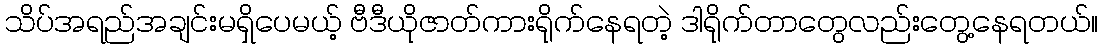
သိပ်အရည်အချင်းမရှိပေမယ့် ဗီဒီယိုဇာတ်ကားရိုက်နေရတဲ့ ဒါရိုက်တာတွေလည်းတွေ့နေရတယ်။